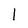
Character: 1